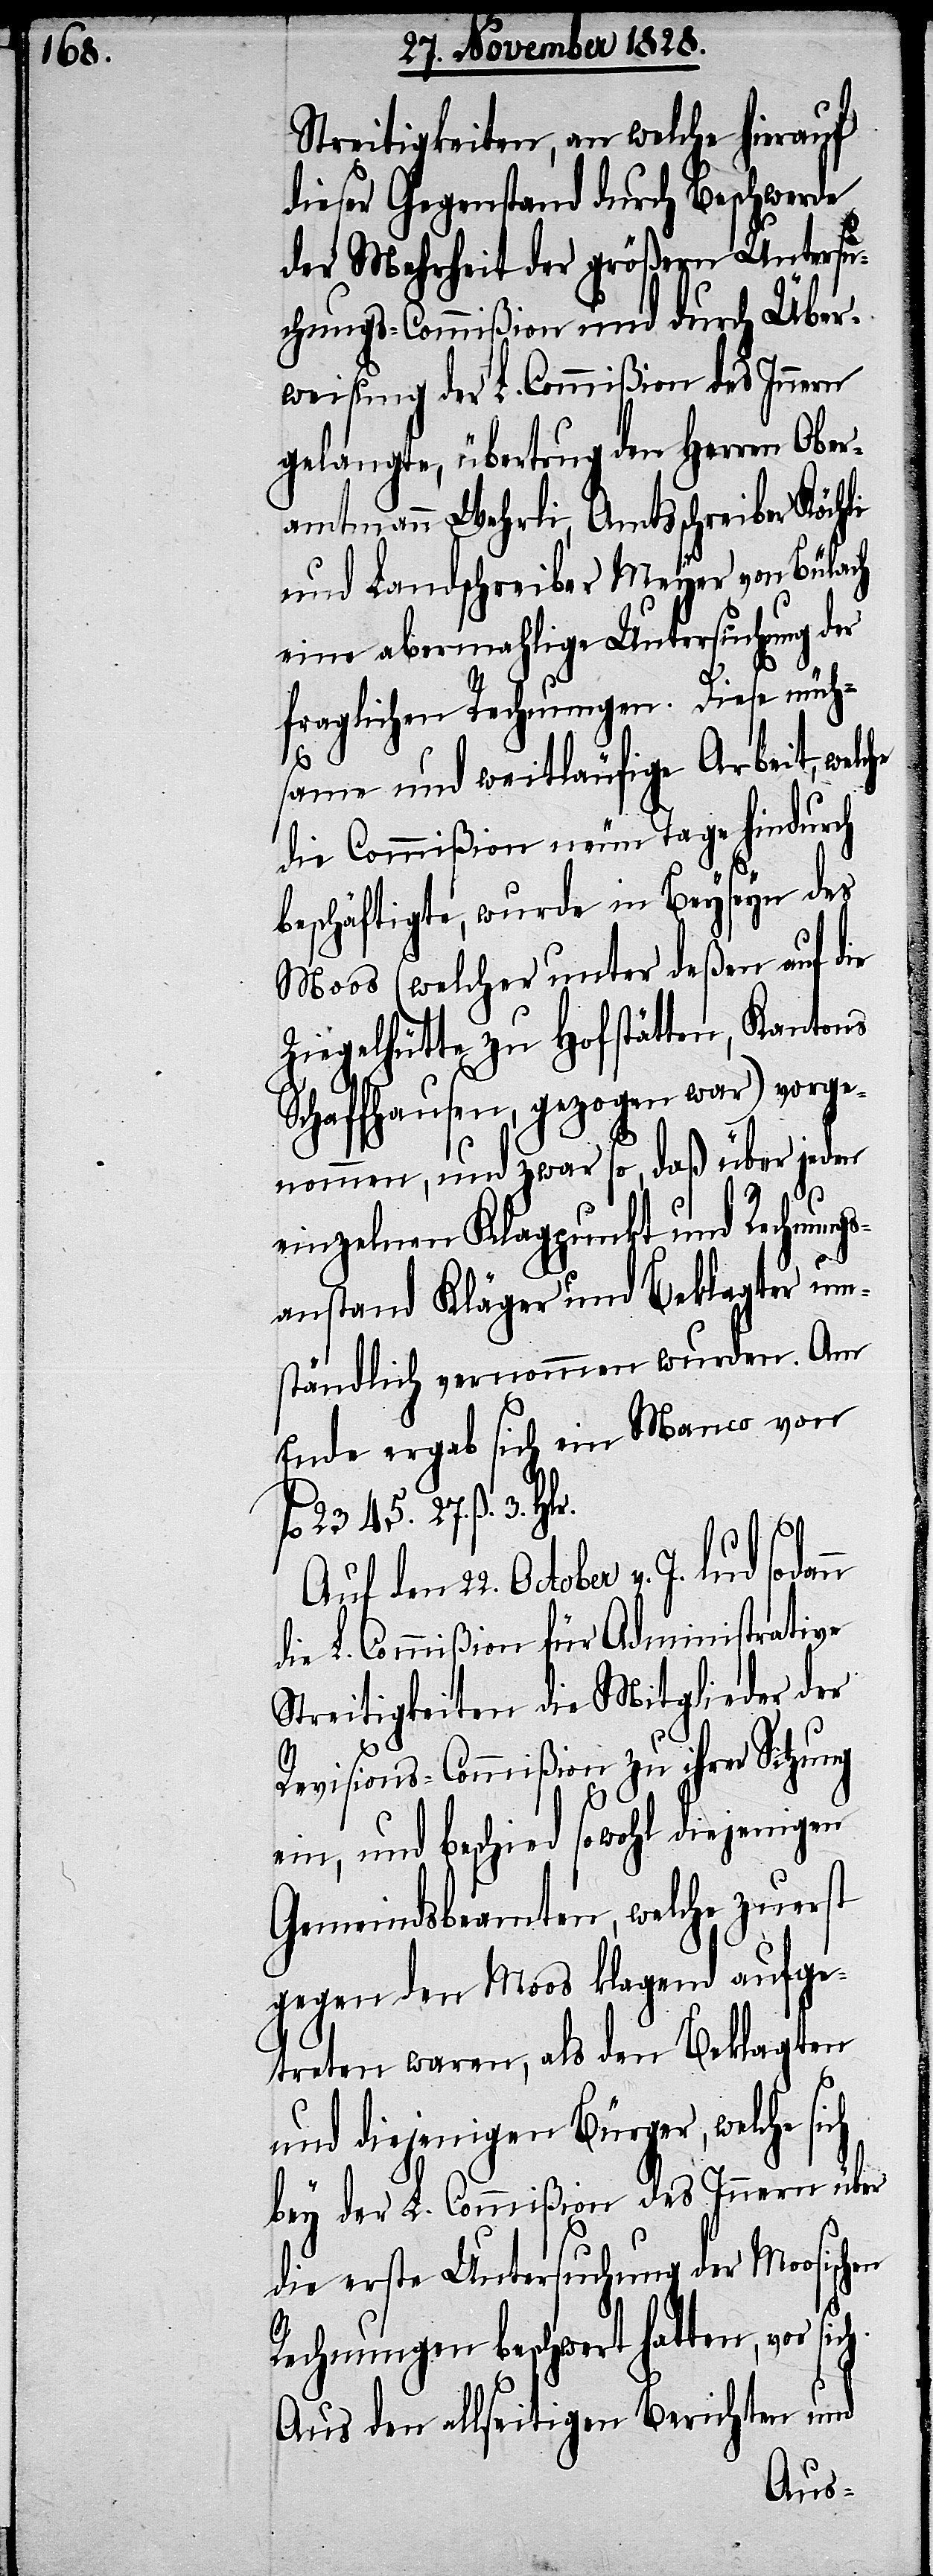
Streitigkeiten, an welche hierauf
dieser Gegenstand durch Beschwerde
der Mehrheit der größern Untersu¬
chungs-Commißion und durch Über¬
weisung der L. Commißion des Innern
gelangte, übertrug den Herren Ober¬
amtmann Wehrli, Amtsschreiber Köchli
und Landschreiber Meyer von Bülach
eine abermahlige Untersuchung der
fraglichen Rechnungen. Diese müh¬
same und weitläufige Arbeit, welche
die Commißion neun Tage hindurch
beschäftigte, wurde in Beyseyn des
Moos (welcher unter deßen auf die
Ziegelhütte zu Hofstätten, Kantons
Schaffhausen, gezogen war) vorge¬
nommen, und zwar so, daß über jeden
ch
einzelnen Klagpunkt und Rechnungs¬
anstand Kläger und Beklagte um¬
ständlich vernommen wurden. Am
Ende ergab sich ein Manco von
J. lud sodann
die L. Commißion für Administrative
Streitigkeiten die Mitglieder der
Revisions-Commißion zu ihrer Sitzung
ein, und beschied sowohl diejenigen
Gemeindsbeamten, welche zuerst
gegen den Moos klagend aufge¬
treten waren, als den Beklagten
und diejenigen Bürger, welche si¬
bey der L. Commißion des Innern über
die erste Untersuchung der Moosischen
Rechnungen beschwert hatten, vor
Aus den allseitigen Berichten und
Auf